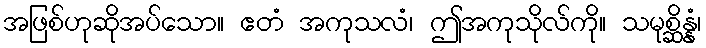
အဖြစ်ဟုဆိုအပ်သော။ ဧတံ အကုသလံ၊ ဤအကုသိုလ်ကို။ သမုစ္ဆိန္နံ၊